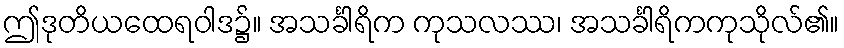
ဤဒုတိယထေရဝါဒ၌။ အသင်္ခါရိက ကုသလဿ၊ အသင်္ခါရိကကုသိုလ်၏။